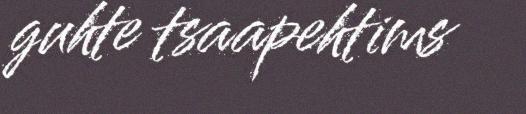
guhte tsaapehtims